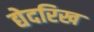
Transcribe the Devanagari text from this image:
द्येदरिख